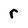
Character: r